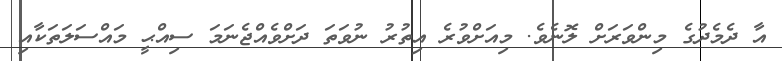
އާ ދެމެދުގެ މިންވަރަށް ލޮނެވެ. މިއަށްވުރެ އިތުރު ނުވަތަ ދަށްވެއްޖެނަމަ ސިއްޙީ މައްސަލަތަކާއި